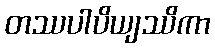
တဿပါပိယျဿိကာ